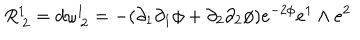
R _ { \: 2 } ^ { 1 } = d \omega _ { \: 2 } ^ { 1 } = - ( \partial _ { 1 } \partial _ { 1 } \phi + \partial _ { 2 } \partial _ { 2 } \phi ) e ^ { - 2 \phi } e ^ { 1 } \wedge e ^ { 2 }